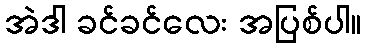
အဲဒါ ခင်ခင်လေး အပြစ်ပါ။